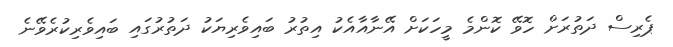
ޕެރިސް ދަތުރަށް ހޮވޭ ކޮންމެ މީހަކަށް އޭނާއާއެކު އިތުރު ބައިވެރިޔަކު ދަތުރުގައި ބައިވެރިކުރެވޭނެ